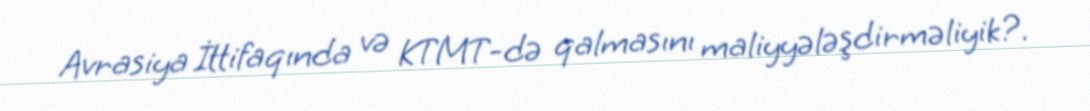
Avrasiya İttifaqında və KTMT-də qalmasını maliyyələşdirməliyik?.